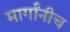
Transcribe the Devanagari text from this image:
मार्गांनीच